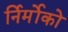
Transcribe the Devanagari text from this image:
र्निर्मोको